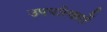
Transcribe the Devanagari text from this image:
उपपरिवारों